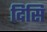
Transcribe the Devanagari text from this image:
दिसि